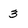
Character: 3